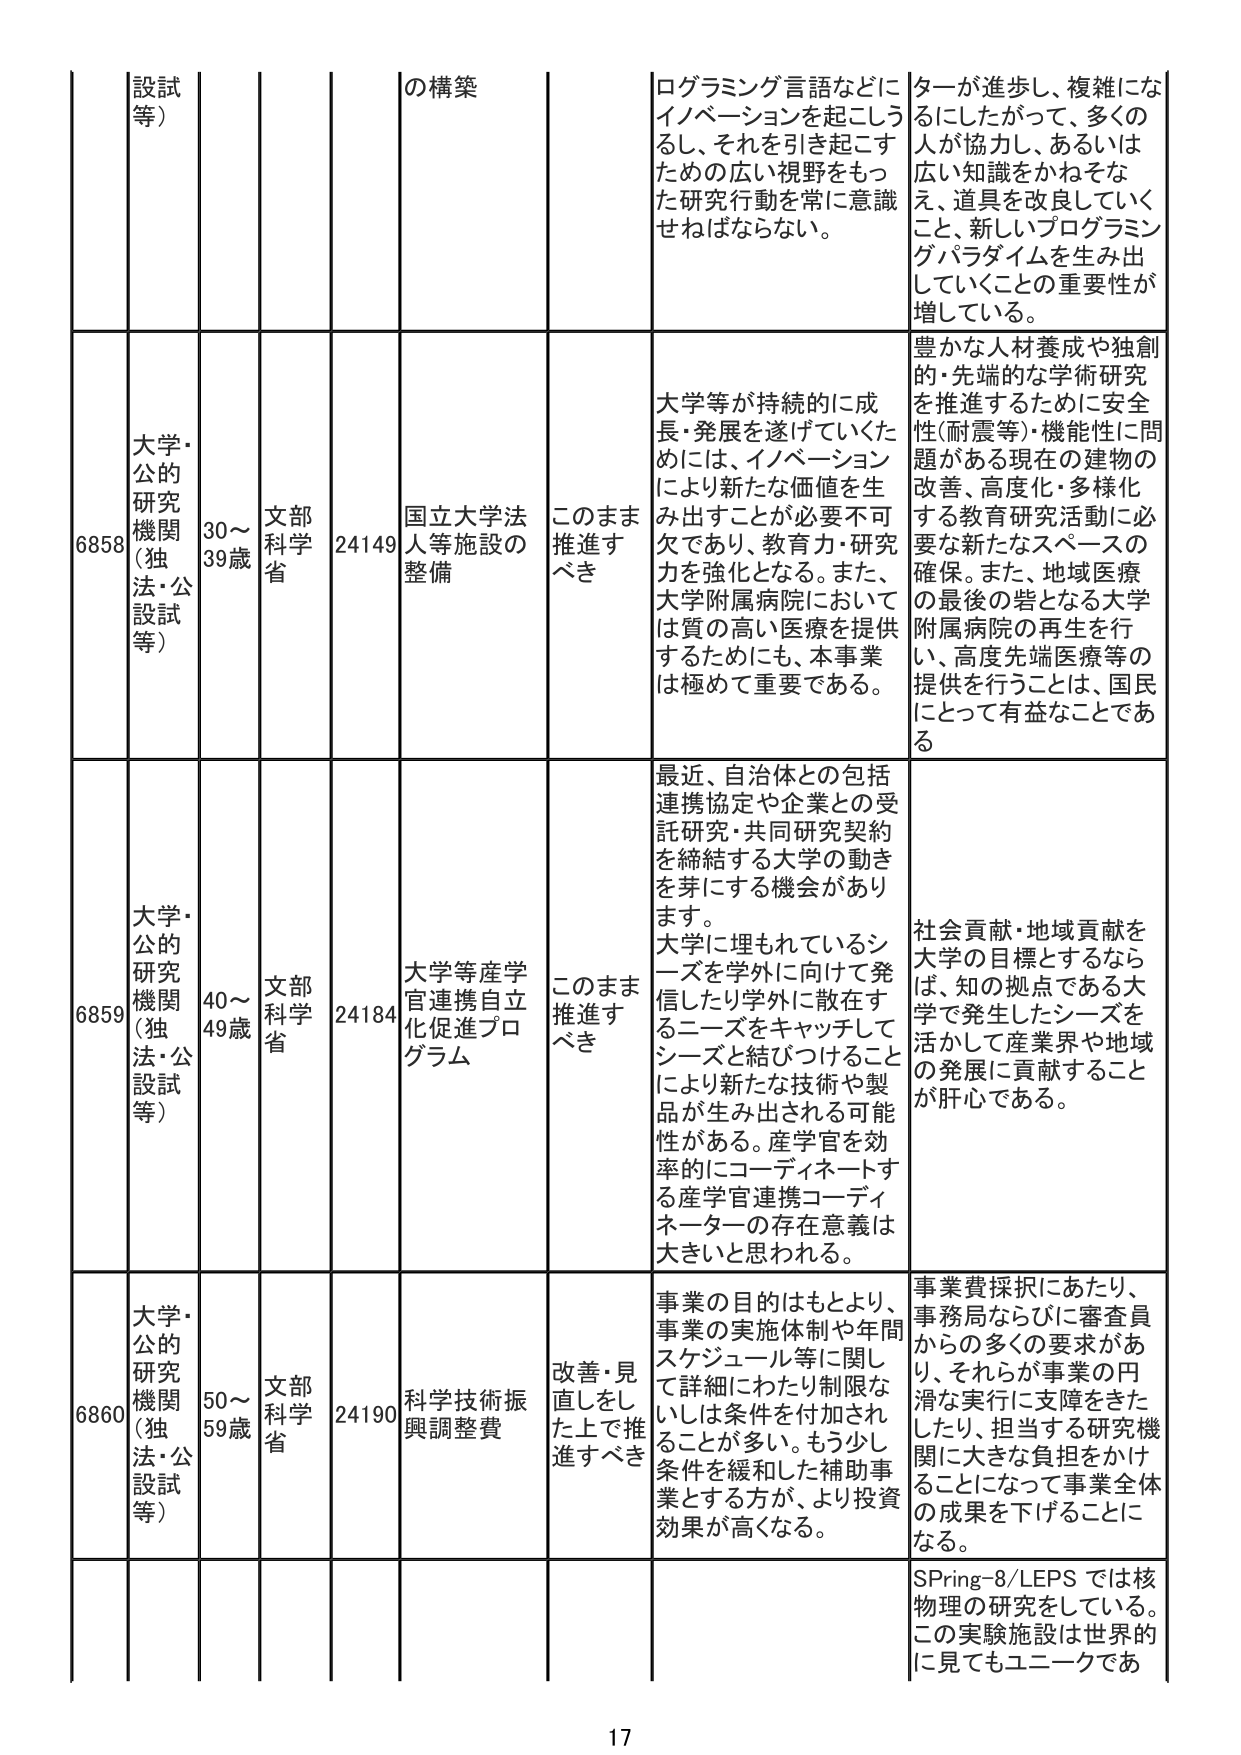
設試等）
の構築
ログラミング言語などにイノベーションを起こし、それを引き起こすための広い視野をもった研究行動を常に意識せねばならない。
ターが進歩し、複雑になるにしたがって、多くの人が協力し、あるいは広い知識をかねそなえ、道具を改良していくこと、新しいプログラミングパラダイムを生み出していくことの重要性が増している。

6858
大学・公的研究機関（独法・公設試等）
30～39歳
文部科学省
24149
国立大学法人等施設の整備
このまま推進すべき
大学等が持続的に成長・発展を遂げていくためには、イノベーションにより新たな価値を生み出すことが必要不可欠であり、教育力・研究力を強化となる。また、大学附属病院においては質の高い医療を提供するためにも、本事業は極めて重要である。
豊かな人材養成や独創的・先端的な学術研究を推進するために安全性（耐震等）・機能性に問題がある現在の建物の改善、高度化・多様化する教育研究活動に必要な新たなスペースの確保。また、地域医療の最後の砦となる大学附属病院の再生を行い、高度先端医療等の提供を行うことは、国民にとって有益なことである。

6859
大学・公的研究機関（独法・公設試等）
40～49歳
文部科学省
24184
大学等産学官連携自立化促進プログラム
このまま推進すべき
最近、自治体との包括連携協定や企業との受託研究・共同研究契約を締結する大学の動きを芽にする機会があります。大学に埋もれているシーズを学外に向けて発信したり学外に散在するニーズをキャッチしてシーズと結びつけることにより新たな技術や製品が生み出される可能性がある。産学官を効率的にコーディネートする産学官連携コーディネーターの存在意義は大きいと思われる。
社会貢献・地域貢献を大学の目標とするならば、知の拠点である大学で発生したシーズを活かして産業界や地域の発展に貢献することが肝心である。

6860
大学・公的研究機関（独法・公設試等）
50～59歳
文部科学省
24190
科学技術振興調整費
改善・見直しをした上で推進すべき
事業の目的はもとより、事業の実施体制や年間スケジュール等に関して詳細にわたり限定ないしは条件を付け加えられることが多い。もう少し条件を緩和した補助事業とする方が、より投資効果が高くなる。
事業費採択にあたり、事務局ならびに審査員からの多くの要求があり、それらが事業の円滑な実行に支障をきたしたり、担当する研究機関に大きな負担をかけることになって事業全体の成果を下げることになる。

SPring-8/LEPS では核物理の研究をしている。この実験施設は世界的に見てもユニークであ

17